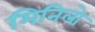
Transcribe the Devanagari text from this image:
मिनिलो